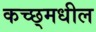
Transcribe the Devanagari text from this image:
कच्छ्मधील